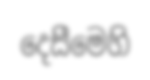
දෙසීමෙහි